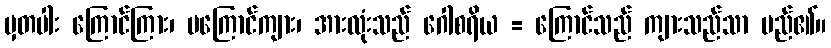
မှတပါး ကြောင်ကြား၊ မကြောင်ကျား၊ အားလုံးသည် ဂေါစရိယ = ကြောင်သည် ကျားသည်သာ မည်၏။